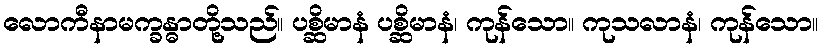
လောကီနာမက္ခန္ဓာတို့သည်။ ပစ္ဆိမာနံ ပစ္ဆိမာနံ၊ ကုန်သော။ ကုသလာနံ၊ ကုန်သော။